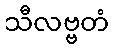
သီလဗ္ဗတံ